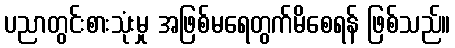
ပညာတွင်းစားသုံးမှု အဖြစ်မရေတွက်မိစေရန် ဖြစ်သည်။